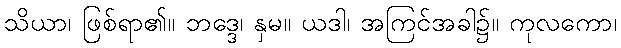
သိယာ၊ ဖြစ်ရာ၏။ ဘဒ္ဒေ၊ နှမ။ ယဒါ၊ အကြင်အခါ၌။ ကုလကော၊